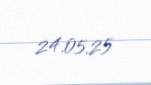
24.05.25